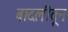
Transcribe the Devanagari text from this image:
बादलीतून